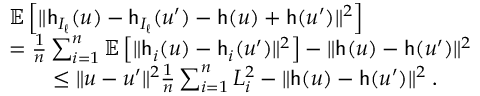
\begin{array} { r l } & { \mathbb { E } \left[ \| \mathsf { h } _ { I _ { \ell } } ( u ) - \mathsf { h } _ { I _ { \ell } } ( u ^ { \prime } ) - \mathsf { h } ( u ) + \mathsf { h } ( u ^ { \prime } ) \| ^ { 2 } \right] } \\ & { = \frac { 1 } { n } \sum _ { i = 1 } ^ { n } \mathbb { E } \left[ \| \mathsf { h } _ { i } ( u ) - \mathsf { h } _ { i } ( u ^ { \prime } ) \| ^ { 2 } \right] - \| \mathsf { h } ( u ) - \mathsf { h } ( u ^ { \prime } ) \| ^ { 2 } } \\ & { \qquad \leq \| u - u ^ { \prime } \| ^ { 2 } \frac { 1 } { n } \sum _ { i = 1 } ^ { n } L _ { i } ^ { 2 } - \| \mathsf { h } ( u ) - \mathsf { h } ( u ^ { \prime } ) \| ^ { 2 } \; . } \end{array}